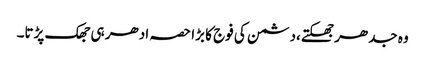
وہ جدھر جھکتے،دشمن کی فوج کا بڑا حصہ ادھر ہی جھک پڑتا۔